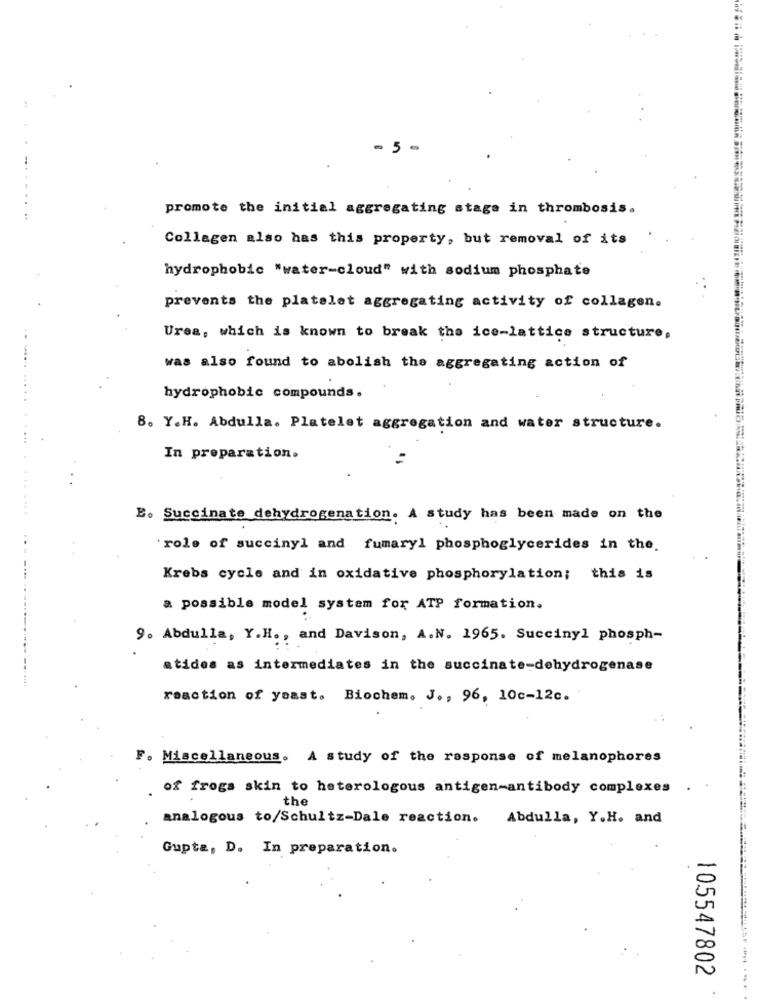
- 5 -
promote the initial aggregating stage in thrombosis.
Collagen also has this property, but removal of its
hydrophobic "water-cloud" with sodium phosphate
prevents the platelet aggregating activity of collagen.
Urea, which is known to break the ice-lattice structure,
was also found to abolish the aggregating action of
hydrophobic compounds.
..... .....
8. Y.H. Abdulla. Platelet aggregation and water structure.
In preparation.
..... ....
E. Succinate dehydrogenation. A study has been made on the
..
'role of succinyl and fumaryl phosphoglycerides in the.
Krebs cycle and in oxidative phosphorylation; this is
a possible model system for ATP formation.
9. Abdulla, Y.H ., and Davison, A.N. 1965. Succinyl phosph-
atides as intermediates in the succinate-dehydrogenase
reaction of yoast. Biochem. J ., 96, 10c-12c.
F. Miscellaneous. A study of the response of melanophores
of frogs skin to heterologous antigen-antibody complexes .
the
analogous to/Schultz-Dale reaction.
Abdulla, Y.H. and
Gupta, D. In preparation.
105547802